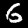
Label: 6